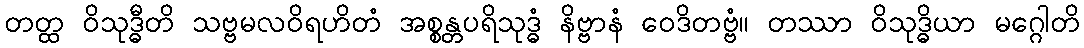
တတ္ထ ဝိသုဒ္ဓီတိ သဗ္ဗမလဝိရဟိတံ အစ္စန္တပရိသုဒ္ဓံ နိဗ္ဗာနံ ဝေဒိတဗ္ဗံ။ တဿာ ဝိသုဒ္ဓိယာ မဂ္ဂေါတိ